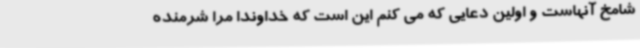
شامخ آنهاست و اولین دعایی که می کنم این است که خداوندا مرا شرمنده